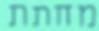
מחתת